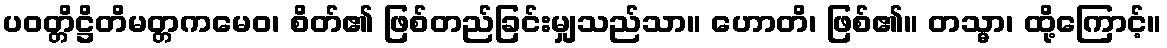
ပဝတ္တိဋ္ဌိတိမတ္တကမေဝ၊ စိတ်၏ ဖြစ်တည်ခြင်းမျှသည်သာ။ ဟောတိ၊ ဖြစ်၏။ တသ္မာ၊ ထို့ကြောင့်။